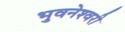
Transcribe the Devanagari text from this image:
भुवनेश्‍वरी